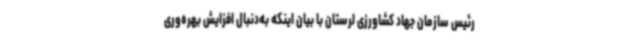
رئیس سازمان جهاد کشاورزی لرستان با بیان اینکه به‌دنبال افزایش بهره‌وری